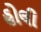
હોલી